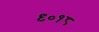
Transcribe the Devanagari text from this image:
९०१८